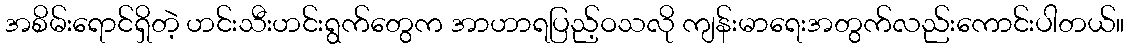
အစိမ်းရောင်ရှိတဲ့ ဟင်းသီးဟင်းရွက်တွေက အာဟာရပြည့်ဝသလို ကျန်းမာရေးအတွက်လည်းကောင်းပါတယ်။